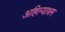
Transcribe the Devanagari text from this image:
अहिल्याश्रम